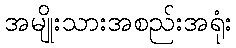
အမျိုးသားအစည်းအရုံး